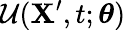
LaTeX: \mathcal{U}(\mathbf{\boldsymbol{X}}^{\prime},t;\mathbf{\boldsymbol{\theta}})